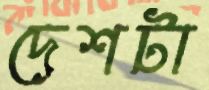
দেশটা